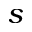
s